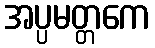
အပ္ပမတ္တကေ